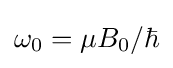
\omega _{0}=\mu B_{0}/\hbar